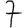
Digit: 7